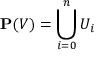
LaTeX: \mathbf { P } ( V ) = \bigcup _ { i = 0 } ^ { n } U _ { i }